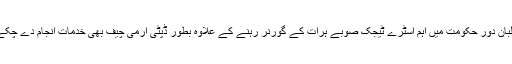
وہ طالبان دورِ حکومت میں اہم اسٹرے ٹیجک صوبے ہرات کے گورنر رہنے کے علاوہ بطور ڈپٹی آرمی چیف بھی خدمات انجام دے چکے ہیں۔